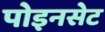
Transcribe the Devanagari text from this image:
पोइनसेट